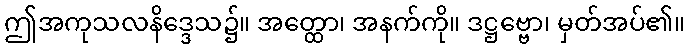
ဤအကုသလနိဒ္ဒေသ၌။ အတ္ထော၊ အနက်ကို။ ဒဋ္ဌဗ္ဗော၊ မှတ်အပ်၏။